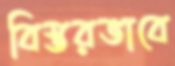
বিস্তরভাবে